NAE_kihelkonnakohtute_kirjad_ja_protokollid_1869-1889, lk 4
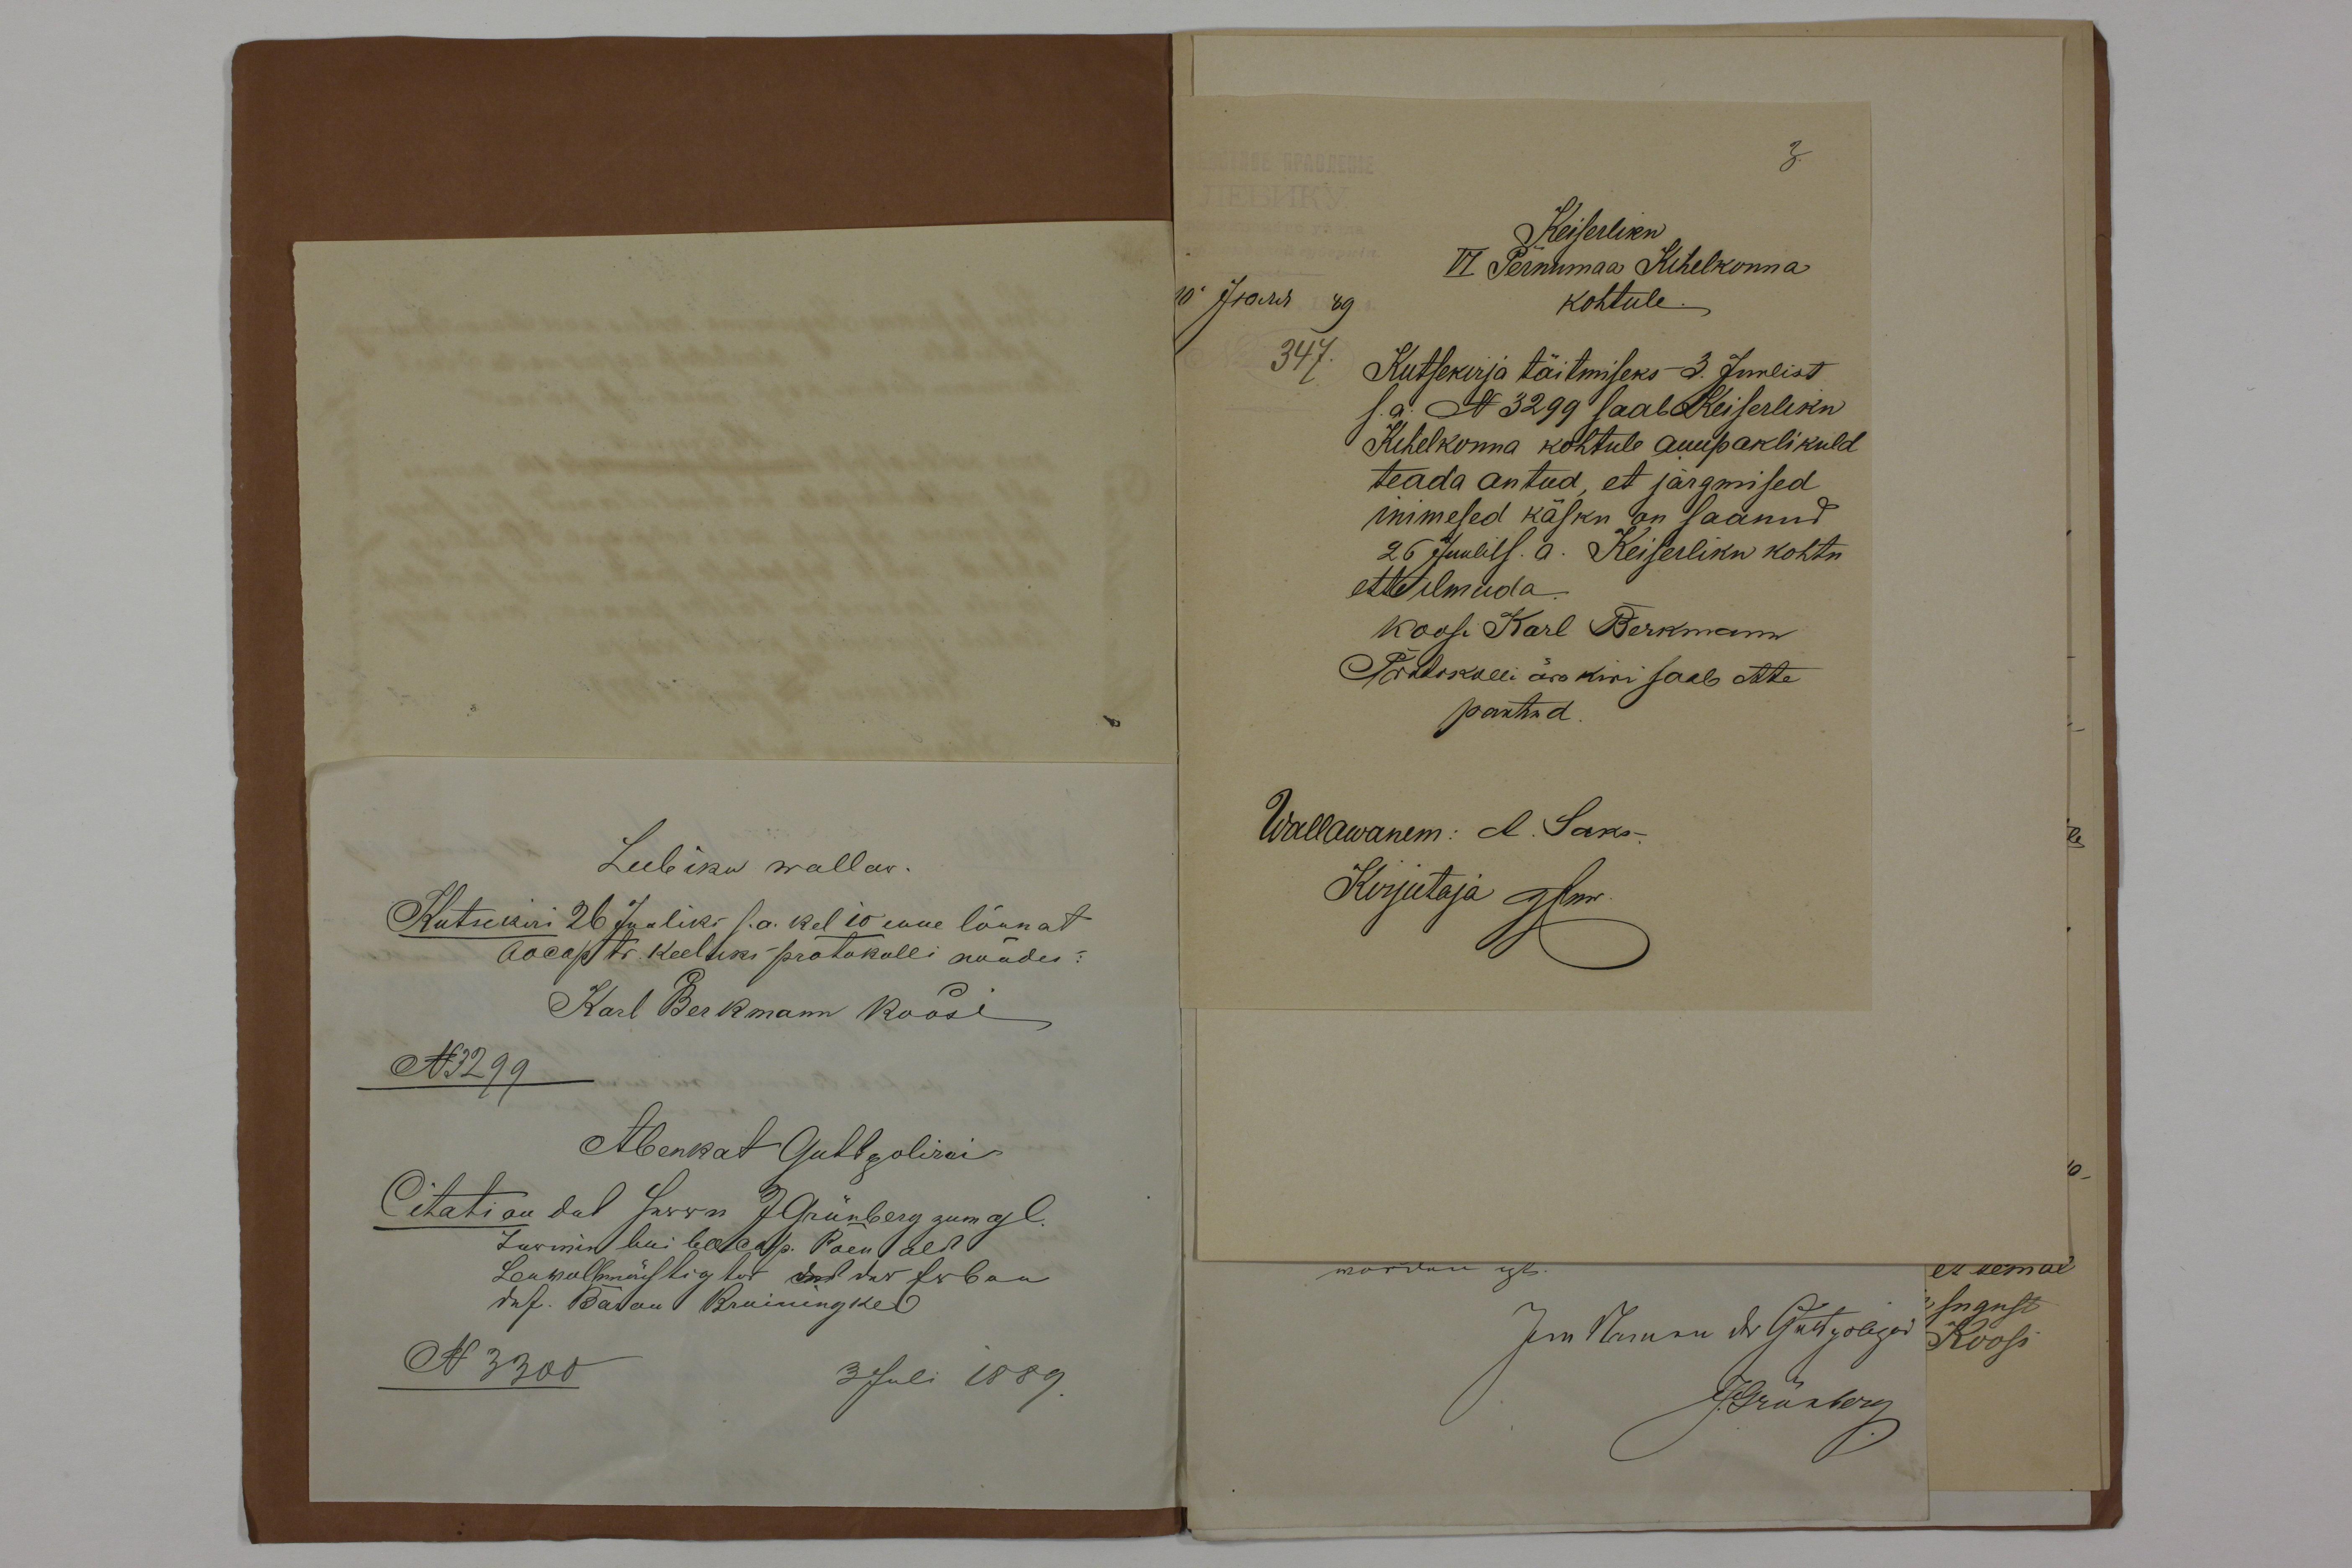
Leebiku wallaw.
Kutsekiri 26 Juuliks s.a. kel 10 enne lõunat
Karl Berkmann Koosi
N3299

Keiserliku
VI Pernumaa Kihelkonna
kohtule.
347.
Kutsekirja täitmiseks 3. Juulist
s..a. N 3299 saab Keiserliku
Kihelkonna kohtule auupaklikuld
teada antud, et järgmised
inmesed käsku on saanud
26 Juulil s. a. Keiserliku kohtu
ette ilmuda
Koosi Karl Berkmann
Protokolli ärakiri saab ette
pantud.